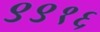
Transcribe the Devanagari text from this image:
९९१६